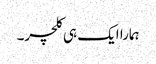
ہمارا ایک ہی کلچر۔